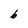
Character: b